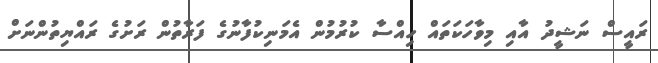
ރައީސް ނަޝީދު އާއި މިވާހަކަތައް ހިއްސާ ކުރުމުން އެމަނިކުފާނުގެ ފަރާތުން ރަށުގެ ރައްޔިތުންނަށް